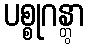
ပစ္စုဂန္တွာ